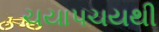
ચયાપચયથી